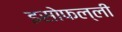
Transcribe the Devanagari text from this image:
इसोफल्ली